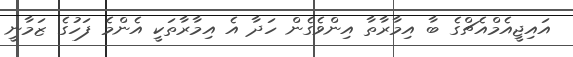
އައިޖީއެމްއެޗްގެ ބާ އިމާރާތާ އިންވެގެން ހަދާ އެ އިމާރާތަކީ އެންމެ ފަހުގެ ޒަމާނީ